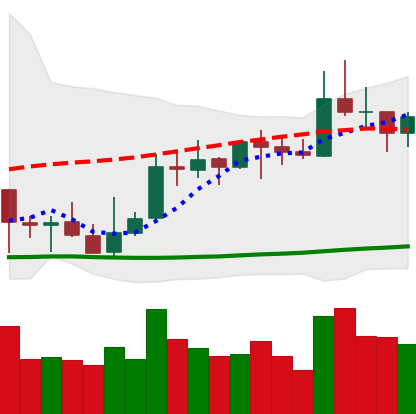
Ticker: XRP-USD
Chart end date: 2021-10-13
Forward return: -3.948%
Label: down_3_5